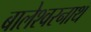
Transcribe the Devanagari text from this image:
बालेश्वरनाथ